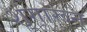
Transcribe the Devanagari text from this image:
शृंगारून